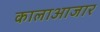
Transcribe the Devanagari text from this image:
कालाआजार